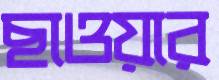
ছাওয়ার